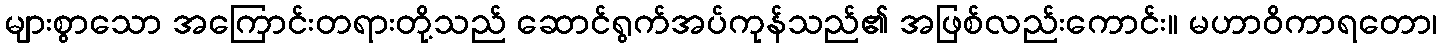
များစွာသော အကြောင်းတရားတို့သည် ဆောင်ရွက်အပ်ကုန်သည်၏ အဖြစ်လည်းကောင်း။ မဟာဝိကာရတော၊